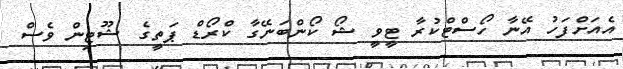
އެއަށްފަހު އޭނާ ހޯސްޓްކުރާ ޓީވީ ޝޯ ކޯންބަނޭގާ ކްރޯޑް ޕަތީގެ ޝޫޓިން ވެސް